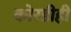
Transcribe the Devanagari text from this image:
कोरडीही